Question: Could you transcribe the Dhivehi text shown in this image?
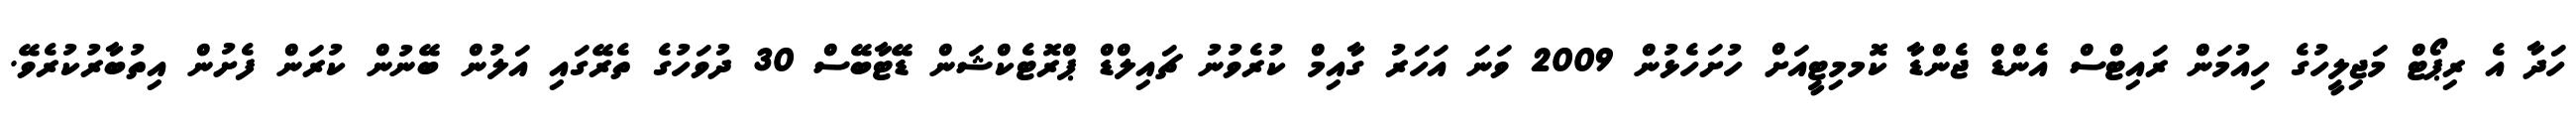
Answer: ހަދާ އެ ރިޕޯޓް މަޖިލީހުގެ ހިއުމަން ރައިޓްސް އެންޑް ޖެންޑާ ކޮމމިޓީއަށް ހުށަހެޅުން 2009 ވަނަ އަހަރު ގާއިމް ކުރެވުނު ޗައިލްޑް ޕްރޮޓެކްޝަން ޑޭޓާބޭސް 30 ދުވަހުގެ ތެރޭގައި އަލުން ބޭނުން ކުރަން ފެށުން އިތުބާރުކުރެވޭ.